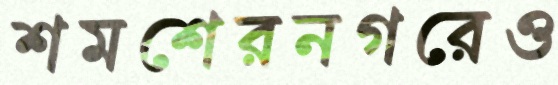
শমশেরনগরেও